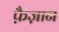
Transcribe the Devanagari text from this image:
फ़ैज़ान